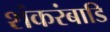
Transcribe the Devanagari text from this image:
शंकरंबाडि